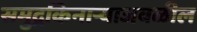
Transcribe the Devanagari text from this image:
समुद्रकिनाऱ्याजवळील